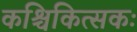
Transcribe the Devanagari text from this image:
कश्चिकित्सकः